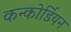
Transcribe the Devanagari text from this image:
कन्कोर्डियन